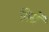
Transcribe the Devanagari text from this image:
गिसे